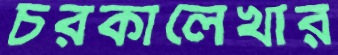
চরকালেখার